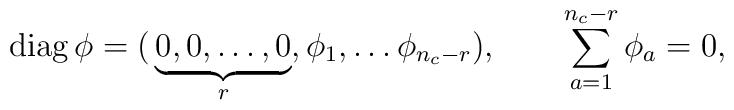
{\hbox {\rm diag}} \, \phi =(\,  {\underbrace  {0,0, \ldots, 0}_{r}},     \phi_1, \ldots \phi_{n_c-r} ), \qquad  \sum_{a=1}^{n_c-r}  \phi_a=0,